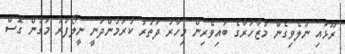
ރޫޅައި ނުލެވިގެން މުޒާހަރާގެ ބައިވެރިން މިހާރު ދަތުރު ކުރަމުންދަނީ ނީލޯފަރު މަގުން ގޮސް